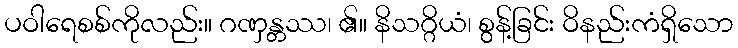
ပဝါရေစစ်ကိုလည်း။ ဂဏှန္တဿ၊ ၏။ နိသဂ္ဂိယံ၊ စွန့်ခြင်း ဝိနည်းကံရှိသော